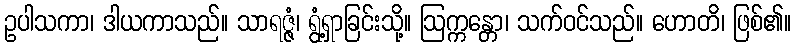
ဥပါသကာ၊ ဒါယကာသည်။ သာရဇ္ဇံ၊ ရွံ့ရှာခြင်းသို့။ ဩက္ကန္တော၊ သက်ဝင်သည်။ ဟောတိ၊ ဖြစ်၏။